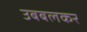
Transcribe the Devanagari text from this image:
उबबलकर